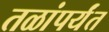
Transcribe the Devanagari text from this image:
तळांपर्यंत